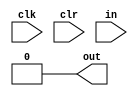
`timescale 1ns / 1ps
module string(
	input clk,
	input clr,
	input[7:0] in,
	output out
    );
	reg[1:0] status;
	initial status = 0;
	always@(posedge clr) status <= 0;
	always@(posedge clk)begin
		if(!clr)begin
			case(status)
				0:begin
					if(in >= "0" && in <= "9") status <= 1;
					else status <= 2;
				end
				1:begin
					if(in === "+" || in === "*") status <= 3;
					else status <= 2;
				end
				3:begin
					if(in >= "0" && in <= "9") status <= 1;
					else status <= 2;
				end
				default: status <= status;
			endcase
		end
	end
	assign out = status == 1;

endmodule